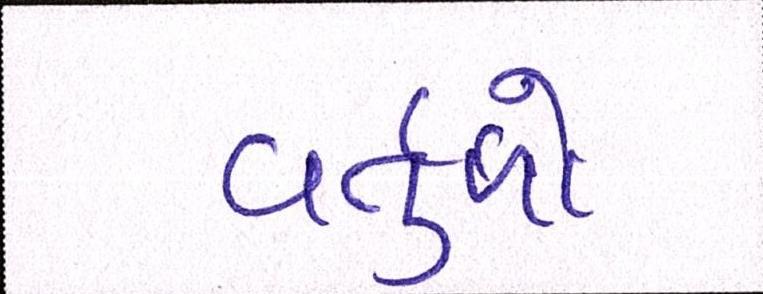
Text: વર્તુળો